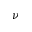
\nu